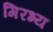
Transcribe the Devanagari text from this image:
गिरभ्य